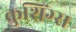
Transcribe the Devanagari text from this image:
कुशिंग्स